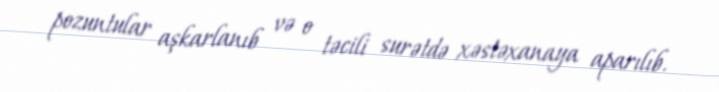
pozuntular aşkarlanıb və o təcili surətdə xəstəxanaya aparılıb.